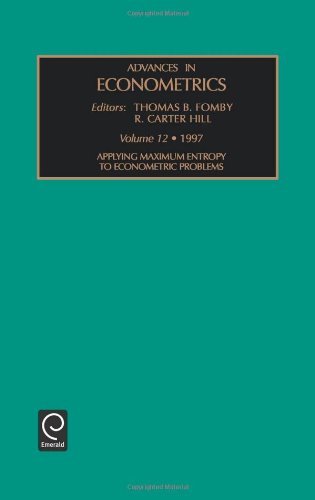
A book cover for Applying Maximum Entropy to Econometric Problems (Advances in Econometrics) (Advances in Econometrics); Carter Hill R. Carter Hill; Science & Math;